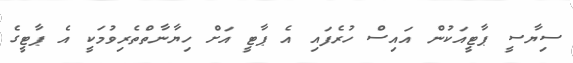
ސިޔާސީ ޕާޓީއަކުން އައިސް ހުރެފައި އެ ޕާޓީ އަށް ހިޔާނާތްތެރިވުމަކީ އެ ޕާޓީގެ